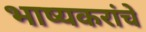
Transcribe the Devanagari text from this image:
भाष्यकरांचे